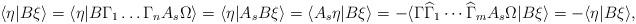
LaTeX: \begin{align*}\langle \eta|B\xi\rangle=\langle \eta|B \Gamma_1 \dots \Gamma_n A_s \Omega\rangle=\langle \eta|A_s B\xi \rangle=\langle A_s \eta| B\xi \rangle=-\langle \Gamma \widehat{\Gamma}_1 \cdots \widehat{\Gamma}_m A_s \Omega|B\xi\rangle=-\langle \eta|B\xi\rangle,\end{align*}